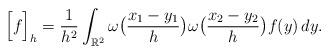
LaTeX: \begin{align*} \Big[ f\Big]_h=\frac{1}{h^2} \int_{\mathbb R^2}\omega\big(\frac{x_1-y_1}{h}\big) \omega\big(\frac{x_2-y_2}{h}\big)f(y)\, dy.\end{align*}